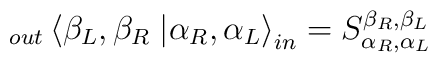
_{out}\left\langle \beta _{L},\beta _{R}\right. \left| \alpha _{R},\alpha _{L}\right\rangle _{in}=S^{\beta _{R},\beta _{L}}_{\alpha _{R},\alpha _{L}}